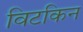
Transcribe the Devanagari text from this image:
विटकिन